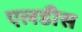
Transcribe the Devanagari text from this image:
एलडीस